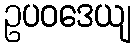
ဥပဝဒေယျ